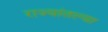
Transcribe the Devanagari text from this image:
राज्यांतल्या